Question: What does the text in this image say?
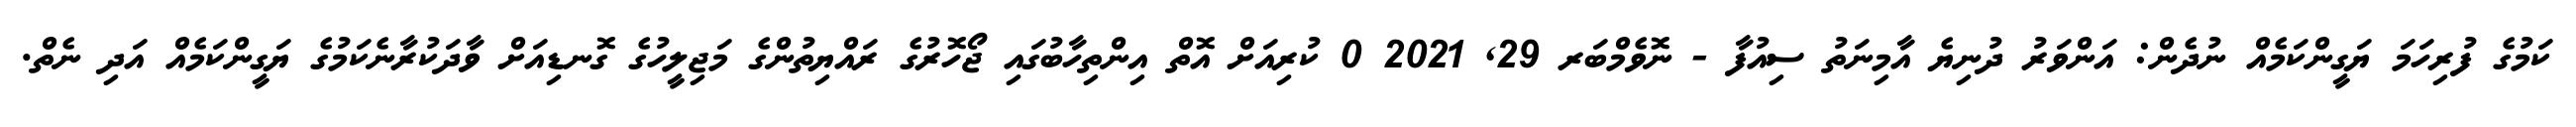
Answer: ކަމުގެ ފުރިހަމަ ޔަގީންކަމެއް ނުދެން: އަންވަރު ދުނިޔެ އާމިނަތު ސިއުފާ - ނޮވެމްބަރ 29, 2021 0 ކުރިއަށް އޮތް އިންތިހާބުގައި ޖޯހޮރުގެ ރައްޔިތުންގެ މަޖިލީހުގެ ގޮނޑިއަށް ވާދަކުރާނެކަމުގެ ޔަގީންކަމެއް އަދި ނެތް.